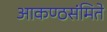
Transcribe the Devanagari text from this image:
आकण्ठसंमिते